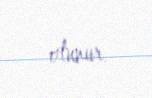
olunur.